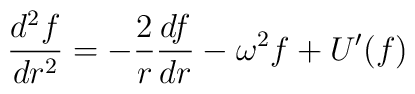
\frac{d^{2}f}{dr^{2}}=-\frac{2}{r}\frac{df}{dr}-\omega^{2}f+U^{\prime }(f)